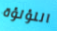
اللؤلؤة